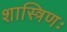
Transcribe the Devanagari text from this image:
शास्त्रिणः